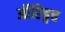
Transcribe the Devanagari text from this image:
ऑल्ड्विच